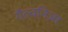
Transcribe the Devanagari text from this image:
गैल्वनिज़्म